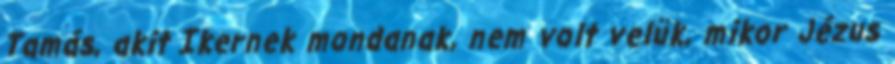
Tamás, akit Ikernek mondanak, nem volt velük, mikor Jézus